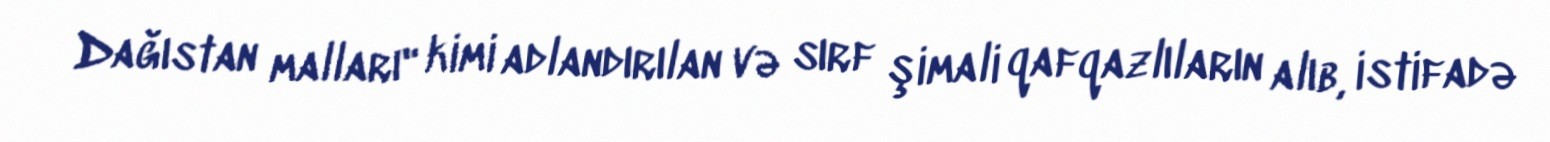
Dağıstan malları" kimi adlandırılan və sırf şimali qafqazlıların alıb, istifadə